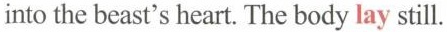
into the beast's heart. The body lay still.